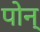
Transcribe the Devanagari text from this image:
पोन्